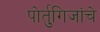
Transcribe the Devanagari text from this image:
पोर्तुगिजांचे